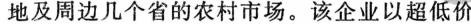
地及周边几个省的农村市场。该企业以超低价